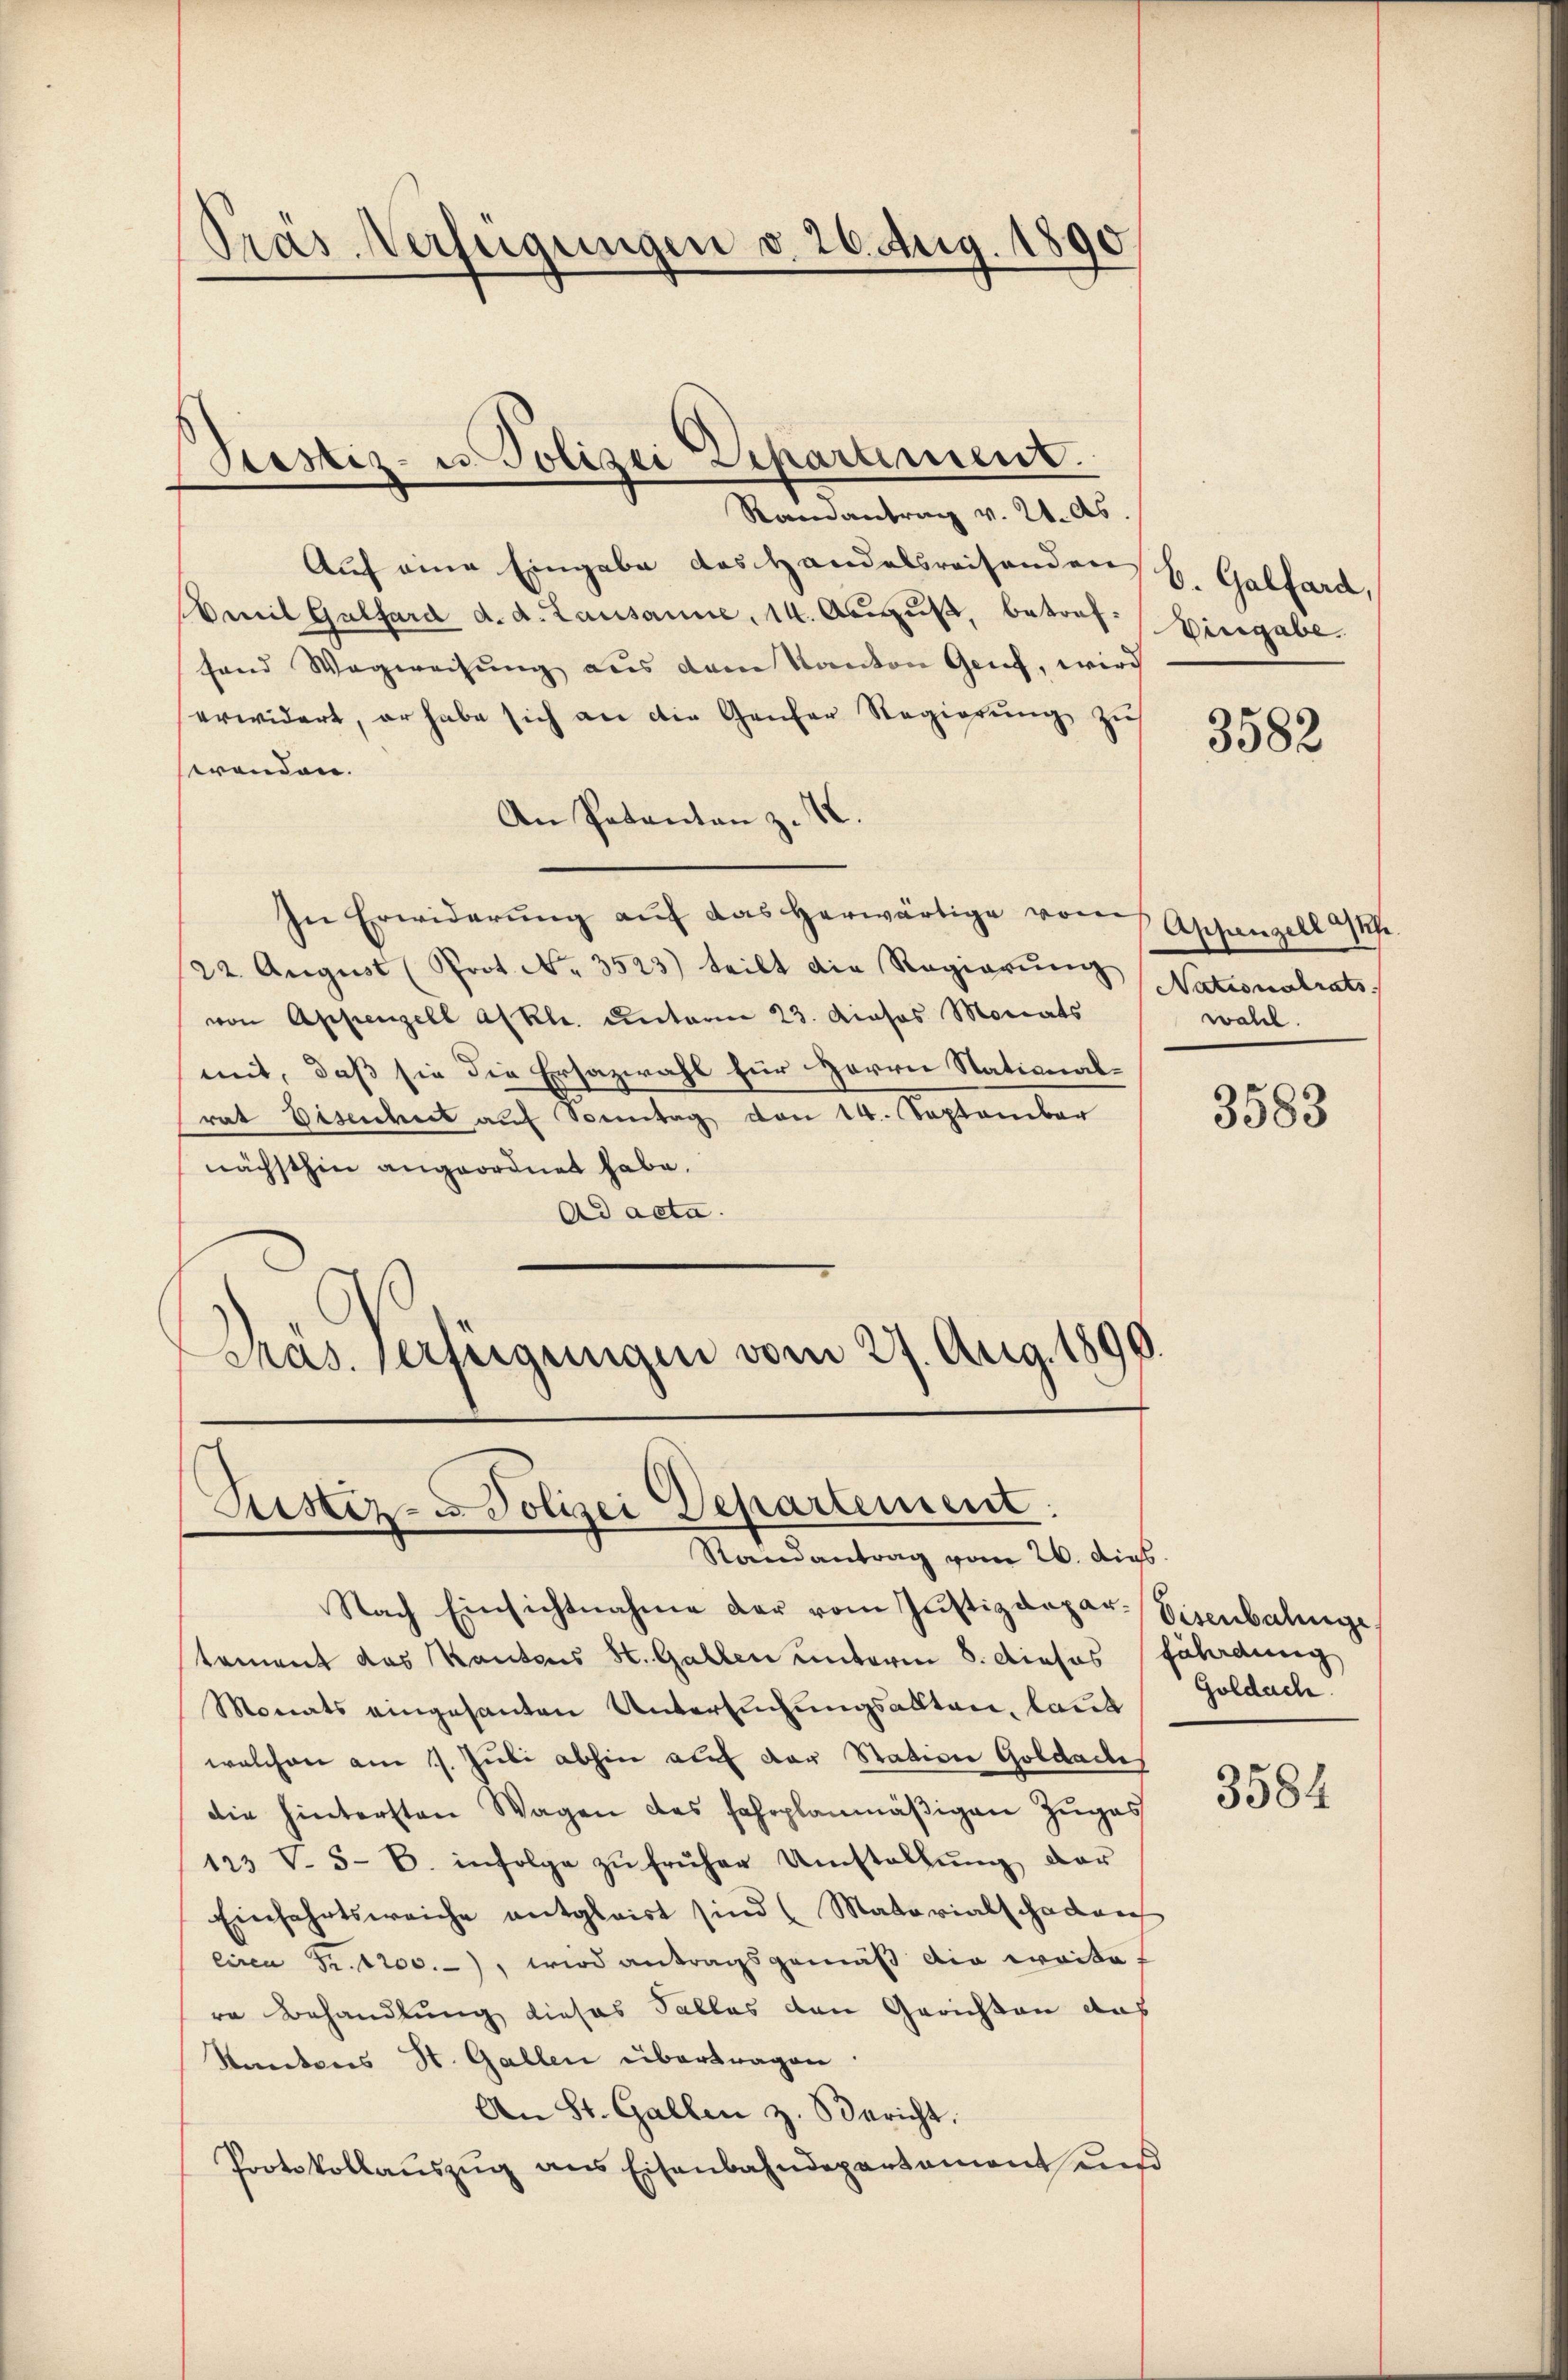
Präs. Verfügungen v. 26. Aug. 1890
e

Stestiz- u. Polizei Departement.

Randantrag v. 21. ds.
Auf eine Eingabe das Handelsreisenden
Emil Galfard d. d. Lausanne, 14. August, betreffand Wegweisung aus dem Kanton Genf, wird
erwidert, er habe sich an die Genfer Regierŭng zŭ
swenden.
An Patanton z. B.
In Erwiderung auf das herwärtige vom
22. Aŭgŭst (Prot. No. 3523) teilt die Regierŭng
von Appenzell a/Rh. unterm 23. Diosos Monats
mit, daß sie die Ersazwahl für Herrn Stational-
rat Eisendet aŭf Sonntag von 14. September
nächsthin angeordnet habe.
Ad acta.
Pras. Verfügungen vom 27. Aug. 1899.

Justiz-Polizei Departement:
Randantrag vom 26. dips.

b. Galfard,
Vingabe.

Appenzell auf.
Nationalrats
wahl.

Nach Einsichtnahme der vom Justizdepar- Eisenbahnge
tement das Kantons St. Gallen unterm 8. dieses fährdung
Monats eingesanten Untersuchungsalten, laut
welchen am 1. Juli abhin auf der Stativer Goldactes
die hintersten Wagen des fahrplanmäßigen Zuges
123 V. 5- B. infolge zŭ früher Umstallŭng dar
Einfahrtsweiche entgleist sind (Matorialschaden
circa Fr. 1200.-, wird antragsgemäß die weite
re Behandlung dieses Falles den Gerichten aus
Rantons St. Gallen übertragen:
An St. Gallen z. Bericht.
Protokollaŭszŭg ans Eisenbahndepartament und

3582

3583

Goldach

3584